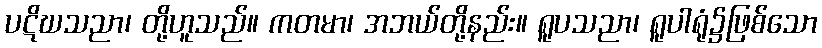
ပဋိဃသညာ၊ တို့ဟူသည်။ ကတမာ၊ အဘယ်တို့နည်း။ ရူပသညာ၊ ရူပါရုံ၌ဖြစ်သော